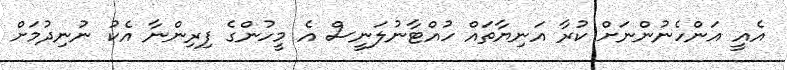
އެއީ އަންހެނުންނަށް ކުރާ އަނިޔާތައް ހުއްޓާނުލަނީސް އެ މީހުންގެ ފިރިންނާ އެކު ނުނިދުމަށް